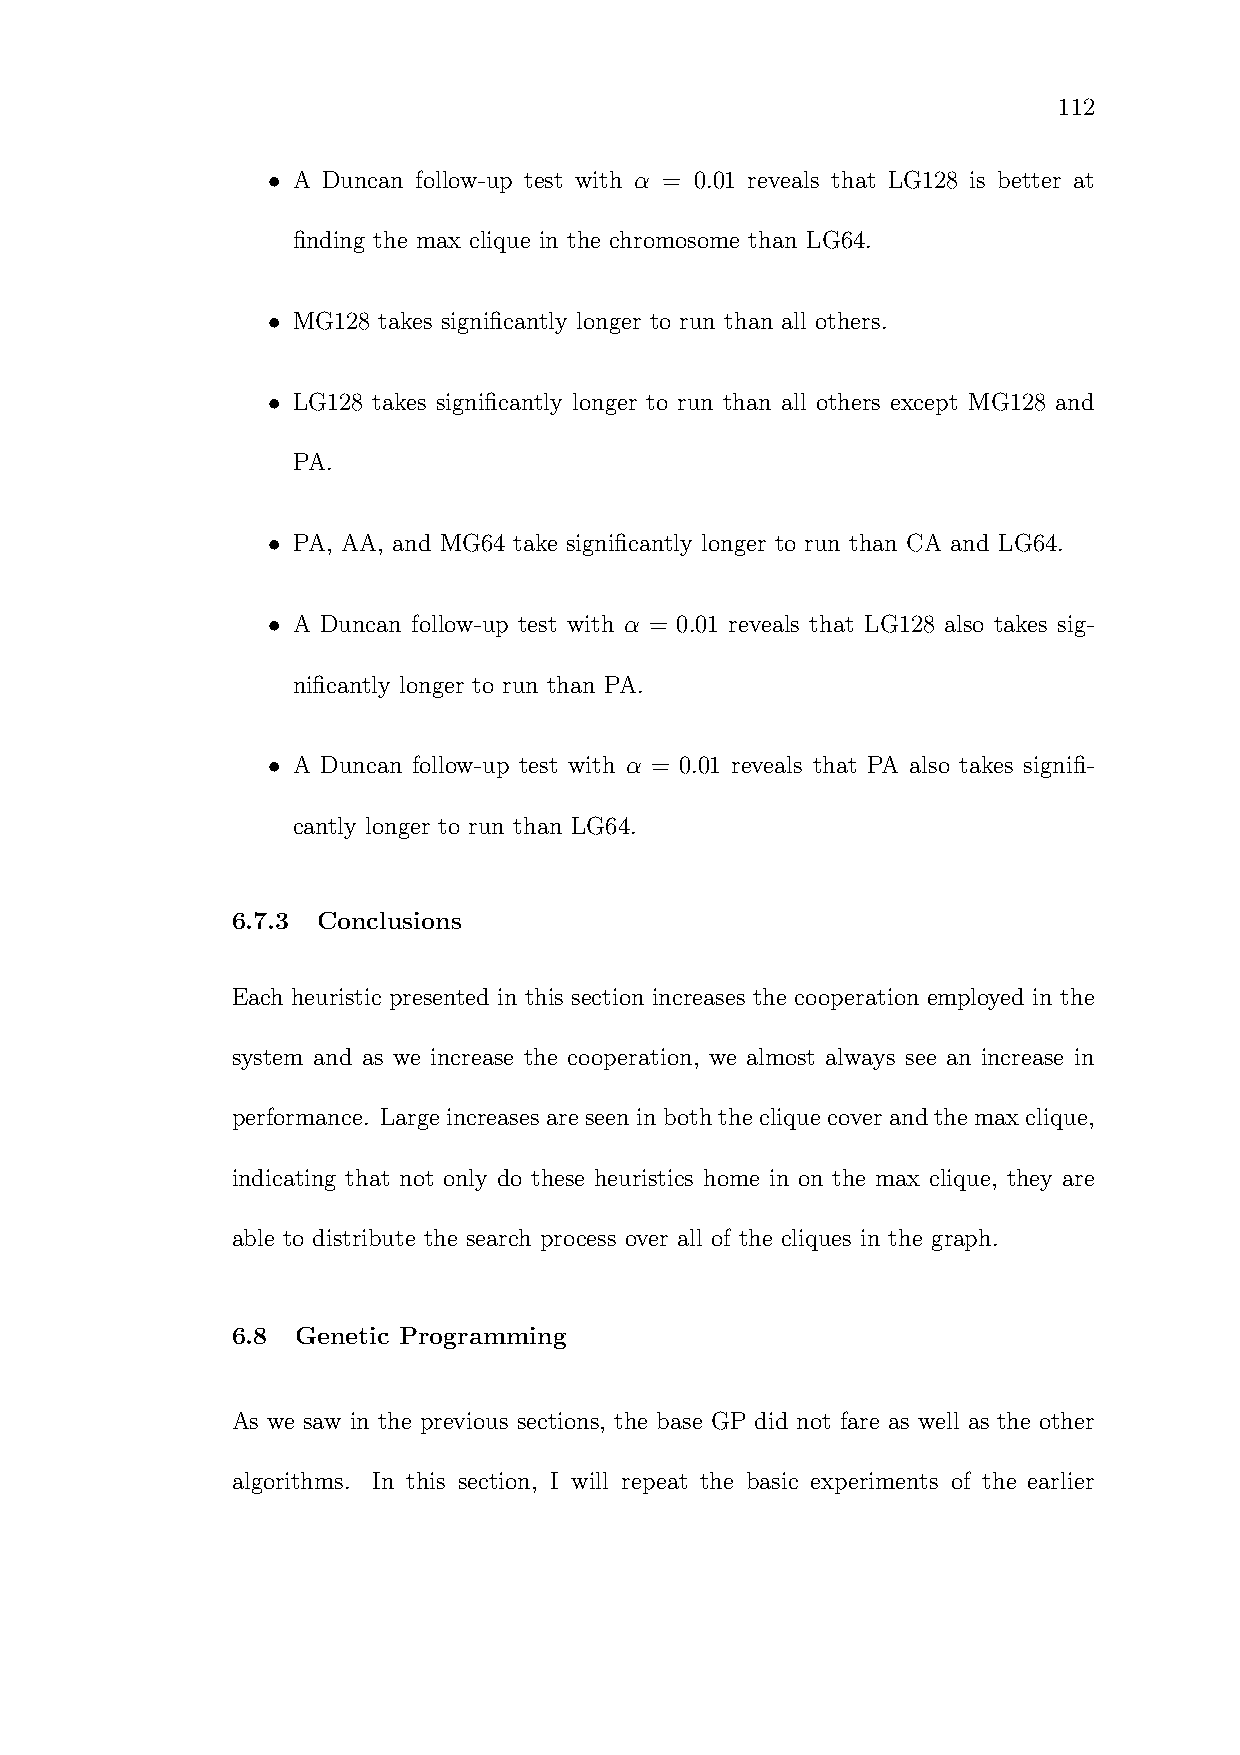
112
 • A Duncan follow-up test with α = 0.01 reveals that LG128 is better at
 finding the max clique in the chromosome than LG64.
 • MG128 takes significantly longer to run than all others.
 • LG128 takes significantly longer to run than all others except MG128 and
 PA.
 • PA, AA, and MG64 take significantly longer to run than CA and LG64.
 • A Duncan follow-up test with α = 0.01 reveals that LG128 also takes sig-
 nificantly longer to run than PA.
 • A Duncan follow-up test with α = 0.01 reveals that PA also takes signifi-
 cantly longer to run than LG64.
 6.7.3 Conclusions
 Each heuristic presented in this section increases the cooperation employed in the
 system and as we increase the cooperation, we almost always see an increase in
 performance. Largeincreases areseen in boththe clique cover and themax clique,
 indicating that not only do these heuristics home in on the max clique, they are
 able to distribute the search process over all of the cliques in the graph.
 6.8  Genetic Programming
 As we saw in the previous sections, the base GP did not fare as well as the other
 algorithms. In this section, I will repeat the basic experiments of the earlier